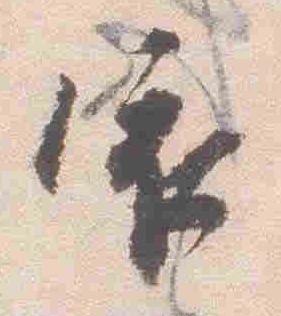
依